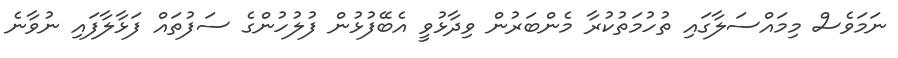
ނަމަވެސް މިމައްސަލާގައި ތުހުމަތުކުރާ މެންބަރުން ވިދާޅުވީ އެބޭފުޅުން ފުލުހުންގެ ސަފުތައް ފަޅާލާފައި ނުވާނެ